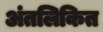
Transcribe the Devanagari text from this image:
अंतलिकित